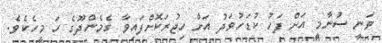
ވަނީ ސުނާމީ އަށް ފަހު ކުޑަހުވަދު އަށް ހިޖުރަކޮށްފައިވާ ގެމެންދޫގެ ހަ މީހެކެވެ.